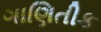
ગાણિતીક